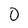
Character: 0